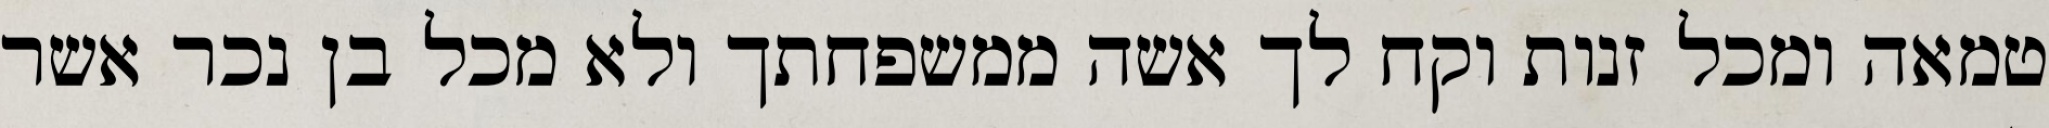
טמאה ומכל זנות וקח לך אשה ממשפחתך ולא מכל בן נכר אשר